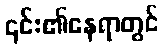
၎င်း၏နေရာတွင်